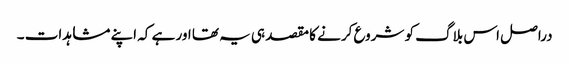
دراصل اس بلاگ کو شروع کرنے کا مقصد ہی یہ تھا اور ہے کہ اپنے مشاہدات ۔